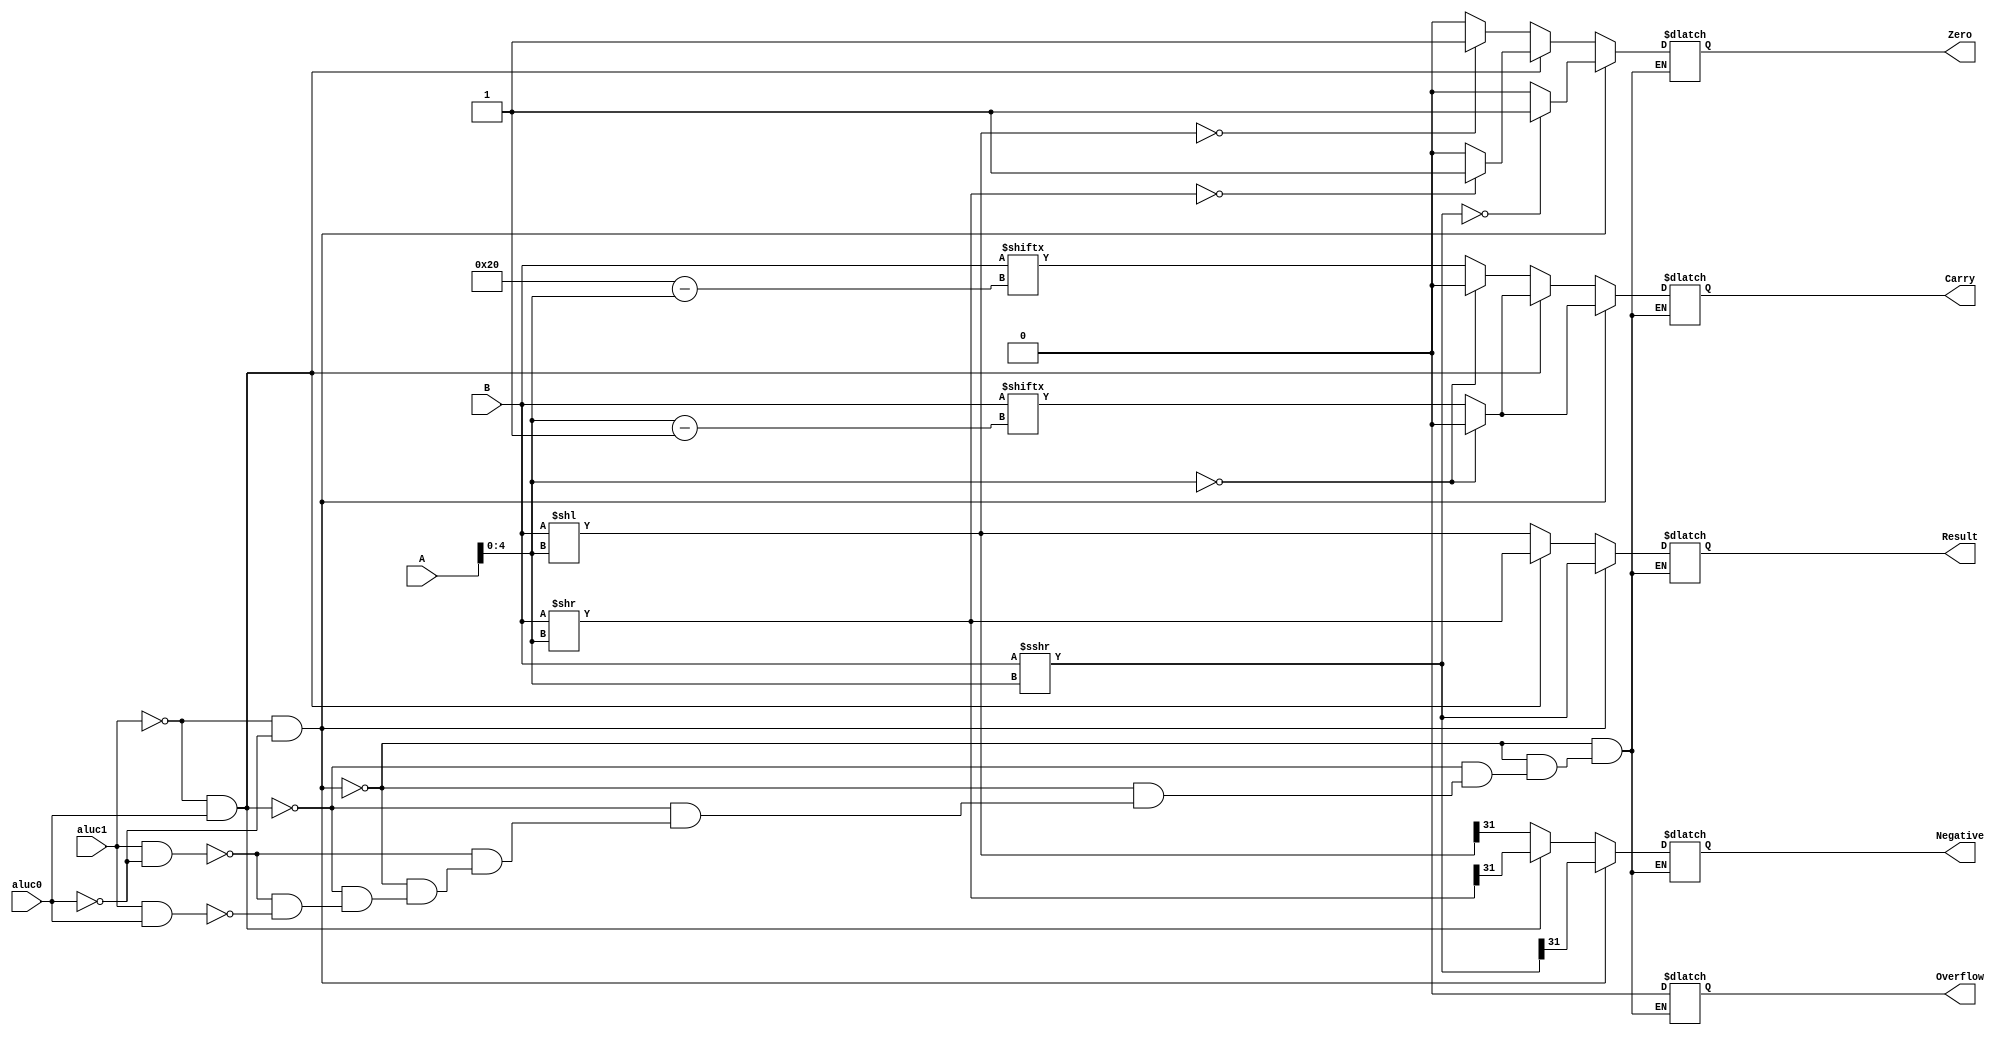
module shifter_7(
input [31:0] A, 
input [31:0] B, 
input aluc1,
input aluc0,
output  [31:0] Result,
output Zero,
output Carry,
output Negative,
output Overflow
);
reg [31:0] Result_temp;
reg Zero_temp;
reg Carry_temp;
reg Nagative_temp;
reg Overflow_temp;
reg [4:0] shift_amount;
assign Zero     = Zero_temp;
assign Carry    = Carry_temp;
assign Negative = Nagative_temp;
assign Overflow = Overflow_temp;
assign Result   = Result_temp;
always @(*) begin
    if( aluc1 == 0 && aluc0 == 0 )begin 
        shift_amount = A[4:0];
        Result_temp = $signed(B)>>>shift_amount;
        if( Result_temp == 0 ) 
            Zero_temp = 1;
        else 
            Zero_temp = 0;
        Nagative_temp = B[31];
        if ( shift_amount == 0) 
            Carry_temp = 0;
        else 
            Carry_temp = B[shift_amount -1];
        Overflow_temp = 0;
        Nagative_temp=Result_temp[31];
    end
    else if( aluc1 == 0 && aluc0 == 1 )begin 
        shift_amount = A[4:0];
        Result_temp = B >> shift_amount;
        if(Result_temp==0) 
            Zero_temp=1;
        else 
            Zero_temp=0;
        if(shift_amount==0)
            Carry_temp=0;
        else
        Carry_temp=B[shift_amount-1];
        Overflow_temp=0;
        Nagative_temp = Result_temp[31];
    end
    else if( aluc1 == 1 && aluc0 == 0 )begin  
        shift_amount = A[4:0];
        Result_temp = B<<shift_amount;
        if ( Result_temp == 0)
            Zero_temp = 1;
        else 
            Zero_temp = 0;
        if ( shift_amount ==0)
            Carry_temp = 0;
        else 
            Carry_temp=B[32-shift_amount]; 
        Overflow_temp = 0;  
        Nagative_temp = Result_temp[31];
    end
    else if( aluc1 == 1 && aluc0 == 1 )begin 
        shift_amount = A[4:0];
        Result_temp=B<<shift_amount;
        if (Result_temp == 0)
            Zero_temp = 1;
        else Zero_temp = 0;
        if (shift_amount ==0)
          Carry_temp = 0;
        else 
        Carry_temp=B[32-shift_amount];
        Overflow_temp = 0;
        Nagative_temp = Result_temp[31];
    end
end
endmodule